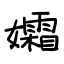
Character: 孀